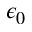
\epsilon _ { 0 }